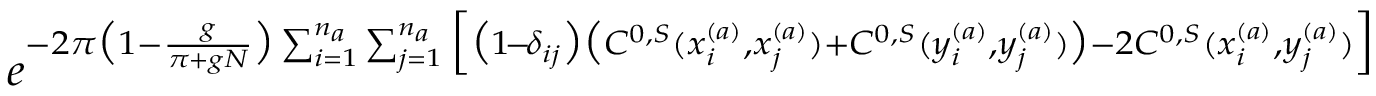
e ^ { - 2 \pi \big ( 1 - \frac { g } { \pi + g N } \big ) \sum _ { i = 1 } ^ { n _ { a } } \sum _ { j = 1 } ^ { n _ { a } } \Big [ \big ( 1 \! - \! \delta _ { i j } \big ) \big ( C ^ { 0 , S } ( x _ { i } ^ { ( a ) } , x _ { j } ^ { ( a ) } ) + C ^ { 0 , S } ( y _ { i } ^ { ( a ) } , y _ { j } ^ { ( a ) } ) \big ) - 2 C ^ { 0 , S } ( x _ { i } ^ { ( a ) } , y _ { j } ^ { ( a ) } ) \Big ] }